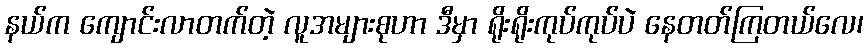
နယ်က ကျောင်းလာတက်တဲ့ လူအများစုဟာ ဒီမှာ ရိုးရိုးကုပ်ကုပ်ပဲ နေတတ်ကြတယ်လေ၊